King Institute of Preventive Medicine Micro-Biological Section reports 1912-19
Year: 1912
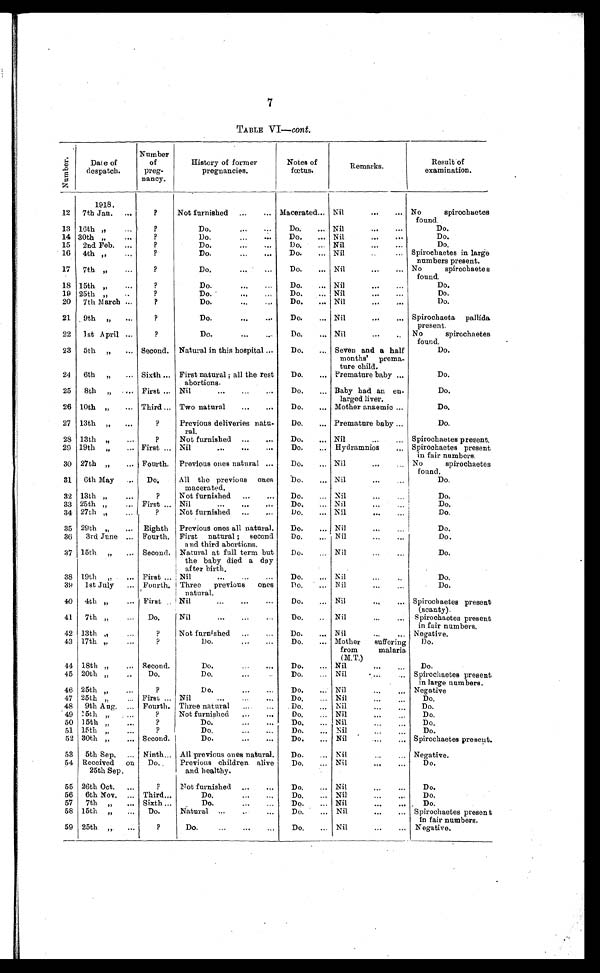
7
TABLE VI—cont.
N u m b e r .
Date of
despatch.
Number
of
preg-
nancy.
History of former
pregnancies.
Notes of
fœtus.
Remarks.
Result of
examination.
1918.
12 7th Jan.
?
Not furnished
Macerated
Nil
No spirochaetes
found.
13 16th "
?
Do.
Do.
Nil
Do.
14 30th "
?
Do.
Do.
Nil
Do.
15 2nd Feb.
?
Do.
Do.
Nil
Do.
16 4th "
?
Do.
Do.
Nil
Spirochaetes in large
numbers present.
17 7th "
?
Do.
Do. Nil
No spirochaetes
found.
18 15th "
?
Do.
Do.
Nil
Do.
19 25th "
?
Do.
Do.
Nil
Do.
20 7th March
?
Do.
Do.
Nil
Do.
21 9th "
?
Do.
Do.
Nil
Spirochaeta pallida
present.
22 1st April
?
Do.
Do.
Nil
No
spirochaetes
found.
23 5th " Second. Natural in this hospital
Do.
Seven and a half
months' prema-
ture child.
Do.
24 6th " Sixth
First natural; all the rest
abortions.
Do.
Premature baby
Do.
25 8th " First
Nil
Do. Baby had an en-
larged liver.
Do.
26 10th " Third
Two natural
Do.
Mother anaemic
Do.
27 13th
"
?
Previous deliveries natu-
ral.
Do.
Premature baby
Do.
28 13th "
? Not furnished
Do.
Nil
S
pirochaetes p resent.
29 19th " First
Nil
Do.
Hydramnios
Spirochaetes present
in fair numbers.
30 27th " Fourth. Previous ones natural
Do.
Nil
No spirochaetes
found.
31 6th May
Do. All the previous ones
macerated.
Do.
Nil
Do.
32 13th "
?
Not furnished
Do.
Nil
Do.
33 25th " First
Nil
Do. Nil
Do.
34 27th "
?
Not furnished
Do.
Nil
Do.
35 29th " Eighth Previous ones all natural.
Do.
Nil
Do.
36 3rd June
Fourth. First natural; second
and third abortions.
Do.
Nil
Do.
37 15th " Second. Natural at full term but
the baby died a day af t er bi r t h.
Do.
Nil
Do.
3 8
19th "
First Nil
Do.
Nil
Do.
39 1st July
Fourth.Three previous ones natural.Do.
Nil
Do.
40 4th "
First Nil
Do.
Nil
Spirochaetes present (scanty.)
4 1
7 t h " Do.
N i l
D o . Nil
Spirochaetes present in fair numbers.
4 2
1 3 t h "
?
N o t f u r n i s h e d
D o . Nil
Negative.
4 3
1 7 t h "
?
D o .
D o . M o t h e r s u f f e r i n g f r o m m a l a r i a ( M . T . )
Do.
4 4
1 8 t h "
S e c o n d .
D o .
D o . Nil
D o .
4 5 20th "
Do.
D o .
D o . Nil
S p i r o c h a e t e s p r e s e n t i n l a r g e n u m b e r s .
4 6
2 5 t h "
?
D o .
D o .
N i l Negative
4 7 25th "
F i r s t
N i l
D o . Nil
Do.
4 8
9 t h A u g . Fourth.
T h r e e n a t u r a l
D o . Nil
D o .
4 9 15th "
?
N o t f u r n i s h e d
D o .
N i l
Do.
5 0 15th "
?
D o .
D o . Nil
D o .
5 1
1 5 t h "
?
D o .
D o . Nil
Do.
5 2 30th "
S e c o n d .
D o .
D o . Nil
Spirochaetes present.
5 3
5 t h S e p .
Ninth
A l l p r e v i o u s o n e s n a t u r a l .
D o . Nil
Negative.
5 4
R e c e i v e d o n 2 5 t h S e p . Do.
P r e v i o u s c h i l d r e n a l i v e a n d h e a l t h y .
D o .
Nil
Do.
5 5 26th Oct.
?
N o t f u r n i s h e d
D o . Nil
D o .
5 6
6th Nov.
Third
Do. Do.
Nil
Do.
5 7
7th "
Sixth
Do. Do.
Nil
Do.
5 8
15th "
Do.
Natural
Do.
Nil
Sp i r o c h a e t e s p r e s e n t i n f a i r n u mb e r s .
5 9
25th "
?
D o .
D o . Nil
Negative.